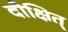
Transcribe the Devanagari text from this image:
दीक्षित्